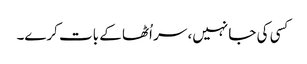
کسی کی جا نہیں، سر اُٹھا کے بات کرے۔